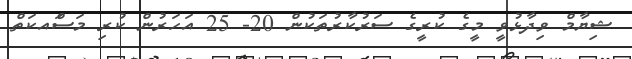
ޝިޔާމް ވިދާޅުވީ މީގެ ކުރީގެ ސަރުކާރުތަކުން 20- 25 އަަހަރުން ކުރި މަސަްއކަތް